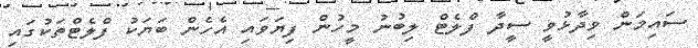
ސައިމަން ވިދާޅުވީ ސީދާ ފްލެޓް ލިބުނު މީހުން ފިޔަވައި އެހެން ބަޔަކު ފްލެޓްތަކުގައި